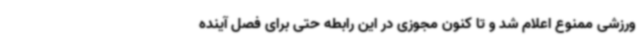
ورزشی ممنوع اعلام شد و تا کنون مجوزی در این رابطه حتی برای فصل آینده